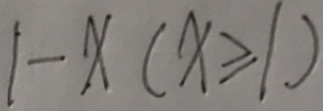
1 - x ( x \geqslant 1 )